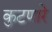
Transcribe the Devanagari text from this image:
कुटणारे